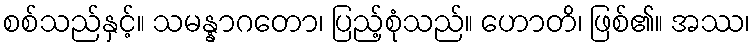
စစ်သည်နှင့်။ သမန္နာဂတော၊ ပြည့်စုံသည်။ ဟောတိ၊ ဖြစ်၏။ အဿ၊